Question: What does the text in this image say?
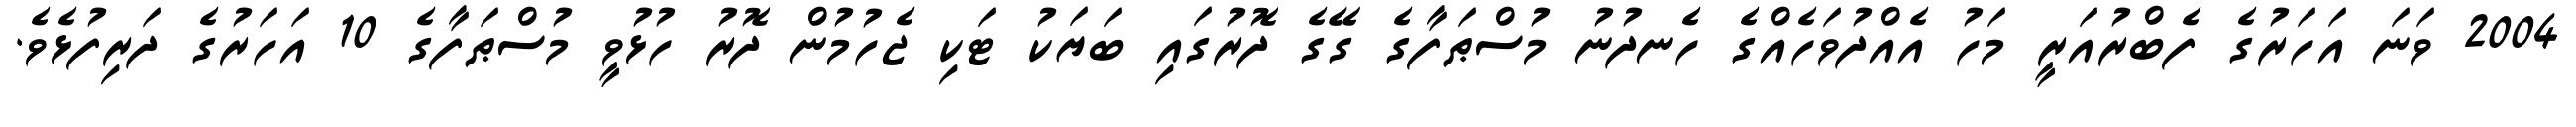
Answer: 2004 ވަނަ އަހަރުގެ ފެބްރުއަރީ މަހު އެއްދުވަހެއްގެ ހެނދުނު މުސްޠަފާގެ ގޭގެ ދޮރުގައި ބަޔަކު ޓަކި ޖެހުމުން ދޮރު ހުޅުވީ މުސްޠަފާގެ 10 އަހަރުގެ ދަރިފުޅެވެ.